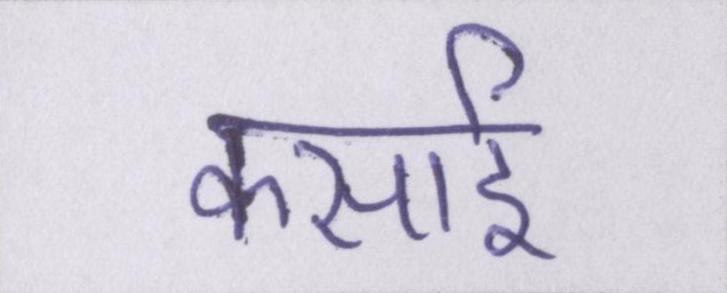
कसाई